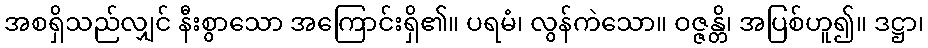
အစရှိသည်လျှင် နီးစွာသော အကြောင်းရှိ၏။ ပရမံ၊ လွန်ကဲသော။ ဝဇ္ဇန္တိ၊ အပြစ်ဟူ၍။ ဒဋ္ဌာ၊